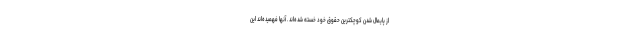
از پایمال شدن کوچکترین حقوق خود خسته شده‌اند . آنها فهمیده‌اند این